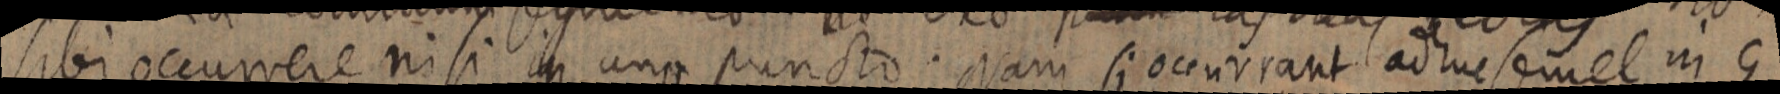
sibi occurrere nisi in uno puncto. Nam si occurrant adhuc semel in G